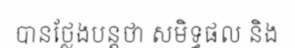
បានថ្លែងបន្តថា សមិទ្ធផល និង